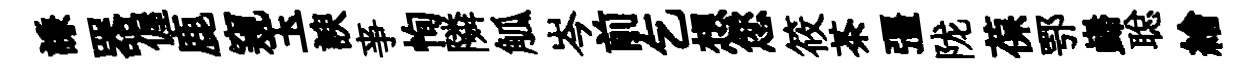
謙器偓鹿窺玉諛亊恂隣觚岑前乞想您筱茶彊陇葆鄂巋聪繪